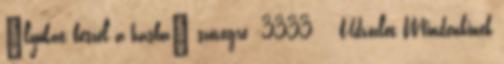
"lyukat beszél a hasba" szövegre :3333 Üdvözlet Mindenkinek